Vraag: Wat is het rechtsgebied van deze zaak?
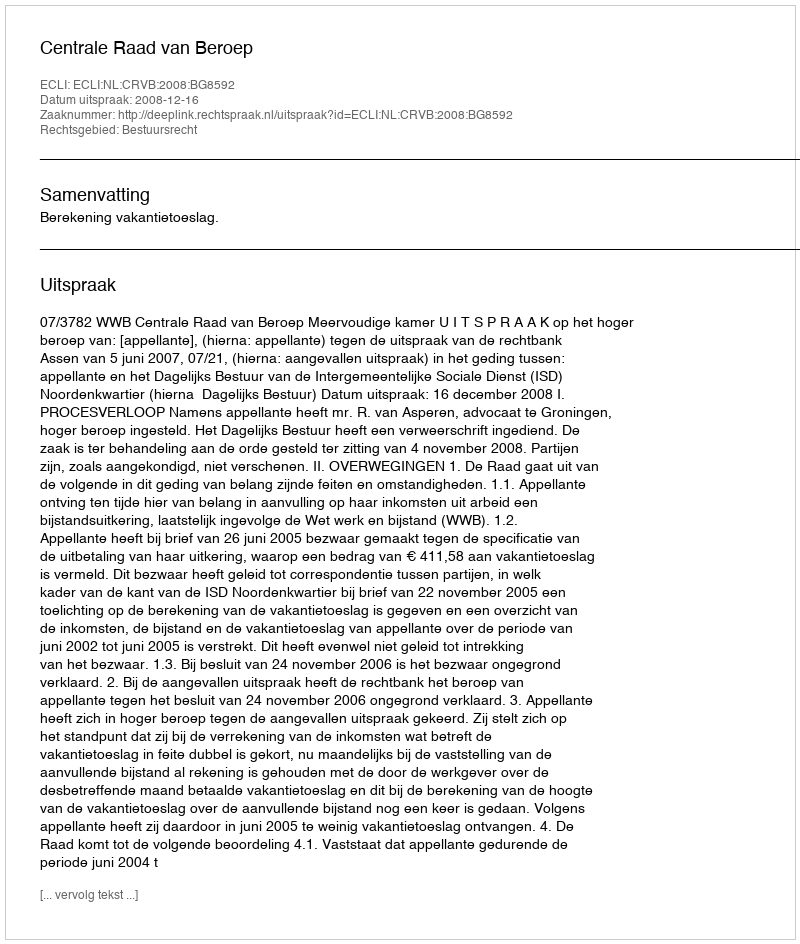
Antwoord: Bestuursrecht